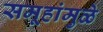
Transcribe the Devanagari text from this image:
समूहांमुळे